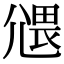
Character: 𡰂